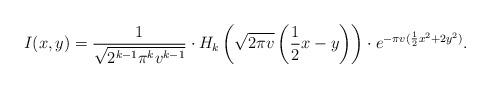
LaTeX: \begin{align*} I(x,y) = \frac{1}{\sqrt{2^{k-1} \pi^k v^{k-1}}} \cdot H_k\left( \sqrt{2 \pi v} \left( \frac{1}{2}x-y \right) \right) \cdot e^{-\pi v(\frac{1}{2} x^2 + 2 y^2)}.\end{align*}